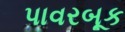
પાવરબૂક